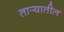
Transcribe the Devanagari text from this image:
तार्‍यातील